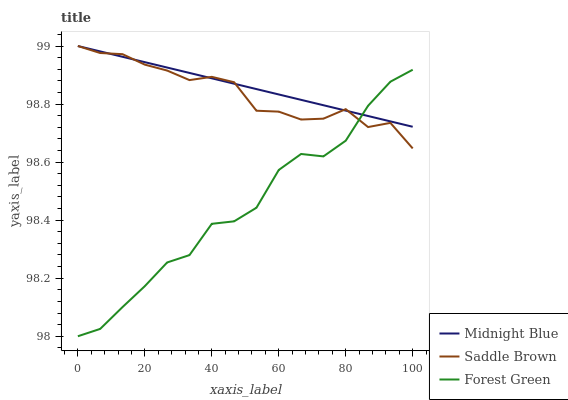
| xaxis_label | Midnight Blue | Saddle Brown | Forest Green |
 | --- | --- | --- | --- |
 | 0 | 99 | 99 | 98 |
 | 6.67 | 99 | 99 | 98 |
 | 13.3 | 99 | 99 | 98.1 |
 | 20 | 98.9 | 98.9 | 98.2 |
 | 26.7 | 98.9 | 98.9 | 98.3 |
 | 33.3 | 98.9 | 98.9 | 98.3 |
 | 40 | 98.9 | 98.9 | 98.4 |
 | 46.7 | 98.9 | 98.9 | 98.4 |
 | 53.3 | 98.9 | 98.8 | 98.4 |
 | 60 | 98.8 | 98.8 | 98.6 |
 | 66.7 | 98.8 | 98.7 | 98.6 |
 | 73.3 | 98.8 | 98.7 | 98.6 |
 | 80 | 98.8 | 98.8 | 98.7 |
 | 86.7 | 98.8 | 98.7 | 98.8 |
 | 93.3 | 98.7 | 98.7 | 98.9 |
 | 100 | 98.7 | 98.6 | 98.9 |